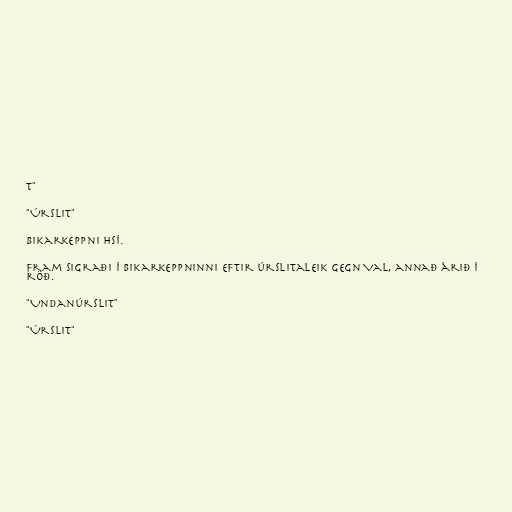
t"

"Úrslit"

Bikarkeppni HSÍ.

Fram sigraði í bikarkeppninni eftir úrslitaleik gegn Val, annað árið í
röð.

"Undanúrslit"

"Úrslit"